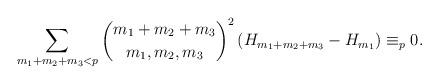
LaTeX: \begin{align*} \sum_{m_1+m_2+m_3<p}\binom{m_1+m_2+m_3}{m_1,m_2,m_3}^2\left(H_{m_1+m_2+m_3}-H_{m_1}\right)\equiv_{p}0.\end{align*}